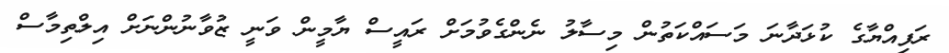
ރަފިއްޔާގެ ކުޅަދާނަ މަސައްކަތުން މިސާލު ނެންގެވުމަށް ރައީސް ޔާމީން ވަނީ ޒުވާނުންނަށް އިލްތިމާސް